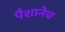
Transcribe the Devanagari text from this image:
पैशानेच